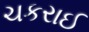
ચકરાઈ